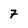
Character: 7